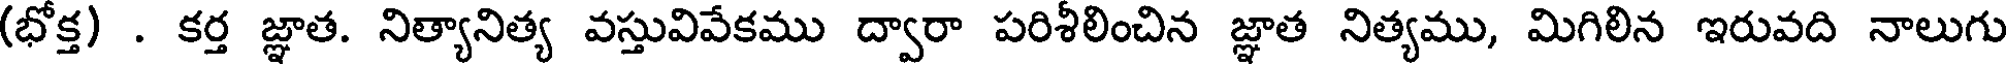
(భోక్త) . కర్త జ్ఞాత. నిత్యానిత్య వస్తువివేకము ద్వారా పరిశీలించిన జ్ఞాత నిత్యము, మిగిలిన ఇరువది నాలుగు